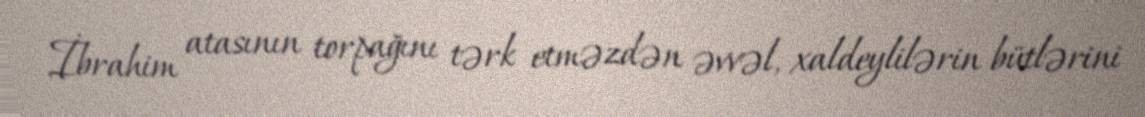
İbrahim atasının torpağını tərk etməzdən əvvəl, xaldeylilərin bütlərini